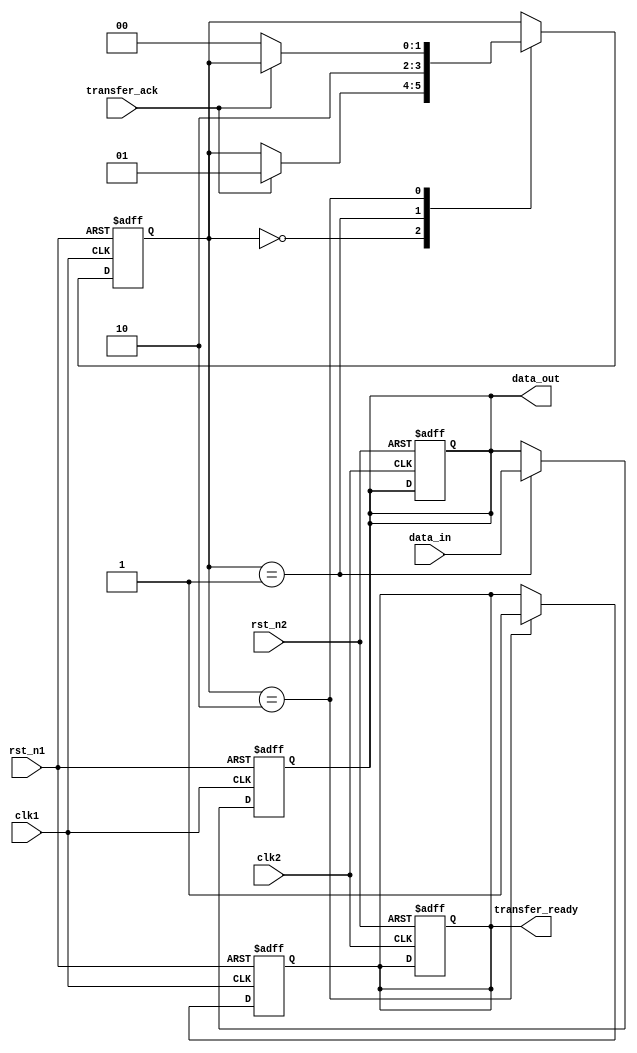
module Synchronizer (
    input wire clk1,
    input wire rst_n1,
    input wire data_in,
    output reg data_out,
    input wire clk2,
    input wire rst_n2,
    output reg transfer_ready,
    input wire transfer_ack
);

reg [1:0] state;
parameter IDLE = 2'b00;
parameter CAPTURE = 2'b01;
parameter TRANSFER = 2'b10;

always @(posedge clk1 or negedge rst_n1) begin
    if (~rst_n1) begin
        state <= IDLE;
        data_out <= 1'b0;
        transfer_ready <= 1'b0;
    end else begin
        case (state)
            IDLE: begin
                if (transfer_ack) begin
                    state <= CAPTURE;
                end
            end
            CAPTURE: begin
                data_out <= data_in;
                state <= TRANSFER;
            end
            TRANSFER: begin
                transfer_ready <= 1'b1;
                if (~transfer_ack) begin
                    state <= IDLE;
                end
            end
        endcase
    end
end

always @(posedge clk2 or negedge rst_n2) begin
    if (~rst_n2) begin
        data_out <= 1'b0;
        transfer_ready <= 1'b0;
    end
end

endmodule